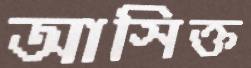
আসিক্ত